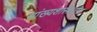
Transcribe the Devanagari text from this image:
सांख्यशास्त्रातील